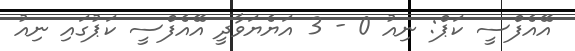
އޭއެފްސީ ކަޕް: ނިއު 0 - 3 އަޔެޔަވާދީ އޭއެފްސީ ކަޕުގައި ނިއު